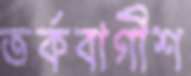
তর্কবাগীশ